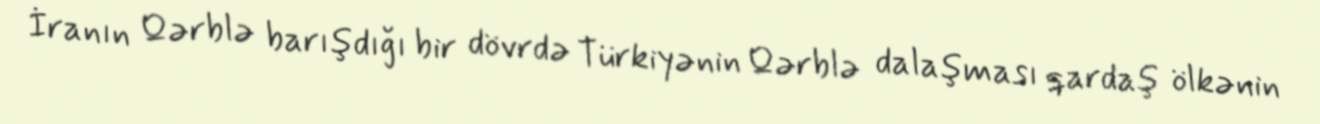
İranın Qərblə barışdığı bir dövrdə Türkiyənin Qərblə dalaşması qardaş ölkənin